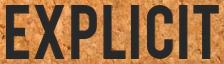
EXPLICIT